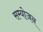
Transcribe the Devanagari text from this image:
सम्योजन